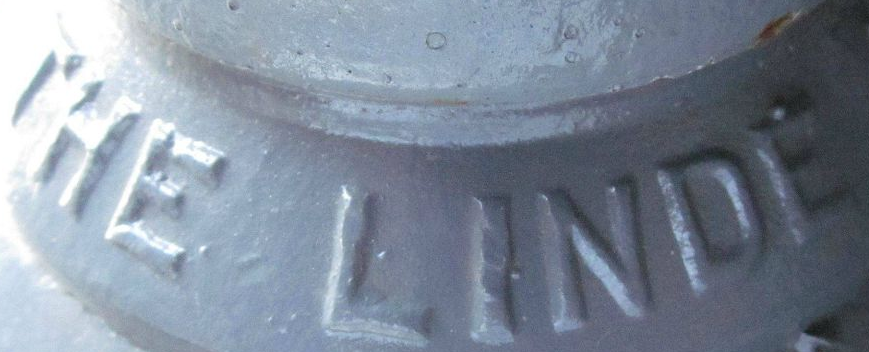
the linde